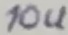
Text: 10u